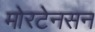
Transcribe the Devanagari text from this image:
मोरटेनसन